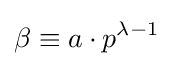
\beta \equiv a\cdot p^{\lambda -1}